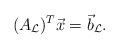
LaTeX: \begin{align*}(A_\mathcal{L})^T \vec{x}=\vec{b}_\mathcal{L}.\end{align*}